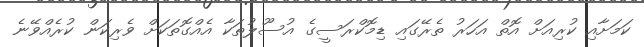
ކަމަށާއި ކުރިއަށް އޮތް އަހަރު ތެރޭގައި ޑިމޮކްރަސީގެ އުސޫލުތަކާ އެއްގޮތަކަށް ވެރިކަން ކުރެއްވޭނެ